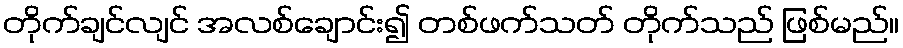
တိုက်ချင်လျင် အလစ်ချောင်း၍ တစ်ဖက်သတ် တိုက်သည် ဖြစ်မည်။